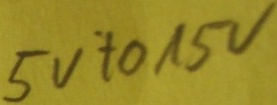
Text: 5V to 15V